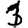
Digit: 1